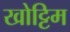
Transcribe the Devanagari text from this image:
खोट्टिम